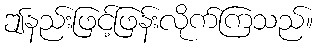
ဤနည်းဖြင့်ဖြန်းလိုက်ကြသည်။